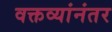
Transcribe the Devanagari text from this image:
वक्तव्यांनंतर